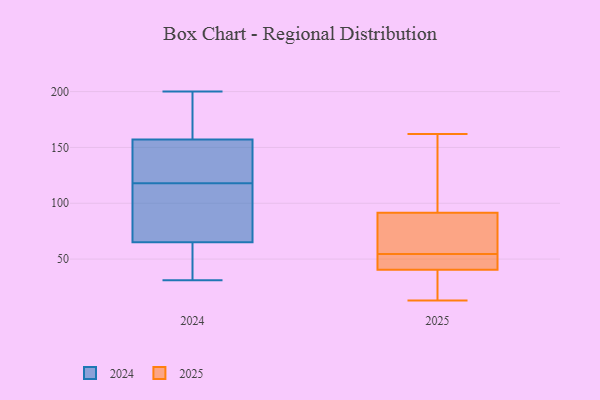
{"axis": {"x": "Gross Profit (USD K)", "y": "Value"}, "legend": ["2024", "2025"], "data": [{"x": "", "y": 27, "type": "2025"}, {"x": "", "y": 52, "type": "2025"}, {"x": "", "y": 54, "type": "2025"}, {"x": "", "y": 41, "type": "2025"}, {"x": "", "y": 162, "type": "2025"}, {"x": "", "y": 48, "type": "2025"}, {"x": "", "y": 103, "type": "2025"}, {"x": "", "y": 149, "type": "2025"}, {"x": "", "y": 65, "type": "2025"}, {"x": "", "y": 55, "type": "2025"}, {"x": "", "y": 61, "type": "2025"}, {"x": "", "y": 58, "type": "2025"}, {"x": "", "y": 92, "type": "2025"}, {"x": "", "y": 37, "type": "2025"}, {"x": "", "y": 142, "type": "2025"}, {"x": "", "y": 91, "type": "2025"}, {"x": "", "y": 13, "type": "2025"}, {"x": "", "y": 41, "type": "2025"}, {"x": "", "y": 40, "type": "2025"}, {"x": "", "y": 22, "type": "2025"}, {"x": "", "y": 166, "type": "2024"}, {"x": "", "y": 113, "type": "2024"}, {"x": "", "y": 107, "type": "2024"}, {"x": "", "y": 36, "type": "2024"}, {"x": "", "y": 144, "type": "2024"}, {"x": "", "y": 68, "type": "2024"}, {"x": "", "y": 65, "type": "2024"}, {"x": "", "y": 151, "type": "2024"}, {"x": "", "y": 52, "type": "2024"}, {"x": "", "y": 123, "type": "2024"}, {"x": "", "y": 31, "type": "2024"}, {"x": "", "y": 157, "type": "2024"}, {"x": "", "y": 200, "type": "2024"}, {"x": "", "y": 158, "type": "2024"}]}